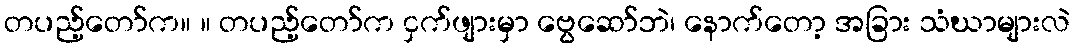
တပည့်တော်က။ ။ တပည့်တော်က ငှက်ဖျားမှာ ဗွေဆော်ဘဲ၊ နောက်တော့ အခြား သံဃာများလဲ